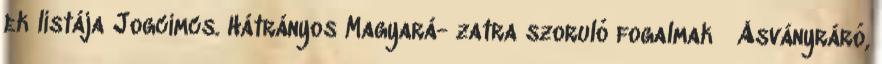
ek listája Jogcímcs. Hátrányos Magyará- zatra szoruló fogalmak ▪Ásványráró,